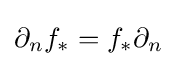
\partial _{n}f_{*}=f_{*}\partial _{n}